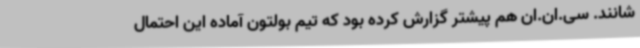
شانند. سی.ان.ان هم پیشتر گزارش کرده بود که تیم بولتون آماده این احتمال